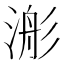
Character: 𣹊